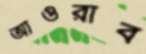
আওরাব